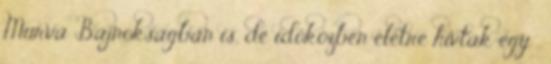
Murva Bajnokságban is, de időközben életre hívtak egy .